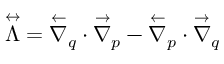
\overset \leftrightarrow { \Lambda } = \overset \leftarrow { \nabla } _ { \b { q } } \cdot \overset \rightarrow { \nabla } _ { \b { p } } - \overset \leftarrow { \nabla } _ { \b { p } } \cdot \overset \rightarrow { \nabla } _ { \b { q } }